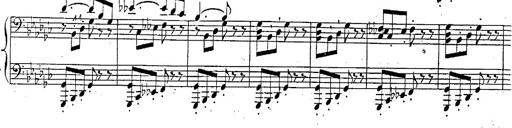
Title: Marche et Cavatine de Lucie de Lammermoor, S.398
Composer: Franz Liszt